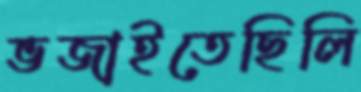
ভজাইতেছিলি